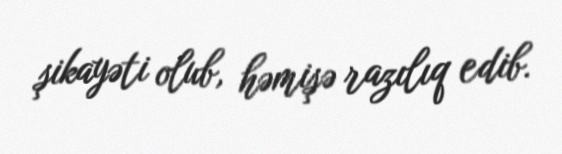
şikayəti olub, həmişə razılıq edib.